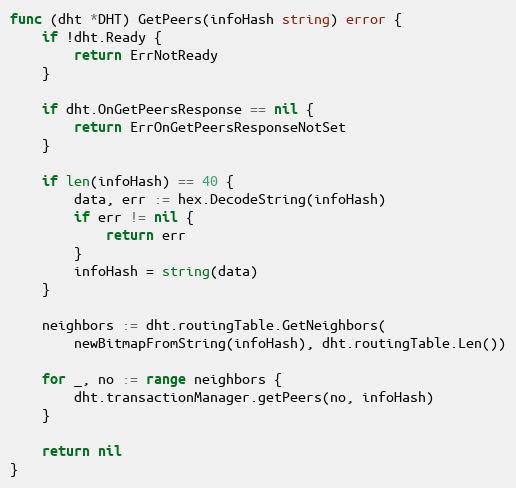
Language: Go
func (dht *DHT) GetPeers(infoHash string) error {
	if !dht.Ready {
		return ErrNotReady
	}

	if dht.OnGetPeersResponse == nil {
		return ErrOnGetPeersResponseNotSet
	}

	if len(infoHash) == 40 {
		data, err := hex.DecodeString(infoHash)
		if err != nil {
			return err
		}
		infoHash = string(data)
	}

	neighbors := dht.routingTable.GetNeighbors(
		newBitmapFromString(infoHash), dht.routingTable.Len())

	for _, no := range neighbors {
		dht.transactionManager.getPeers(no, infoHash)
	}

	return nil
}